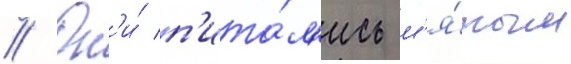
// Он'и́ п'ита́л'ись м'я́тым